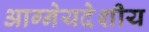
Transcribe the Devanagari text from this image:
आग्नेयदेशीय